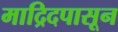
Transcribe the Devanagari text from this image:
माद्रिदपासून